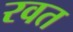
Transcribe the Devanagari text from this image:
रवत